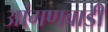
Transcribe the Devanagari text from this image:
आंगणवाडी